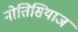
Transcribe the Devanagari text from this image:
नोतिसियाज